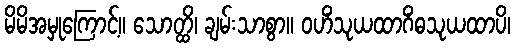
မိမိအမှုကြောင့်။ သောတ္ထိ၊ ချမ်းသာစွာ။ ဝဟိံသုယထာဂိံဓသုယထာပိ၊